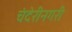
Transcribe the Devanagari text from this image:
चंदेरीनगरी